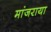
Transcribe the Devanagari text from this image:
मांजराया